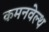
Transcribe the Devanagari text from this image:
कमनवेल्थ